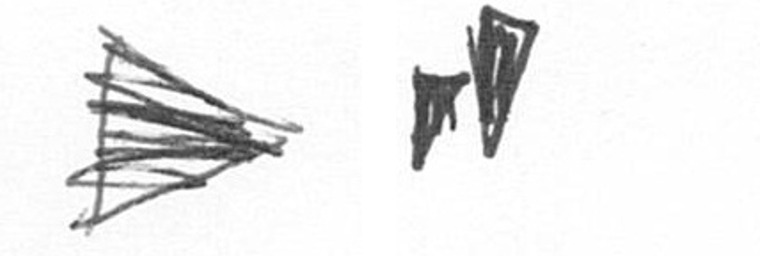
T M